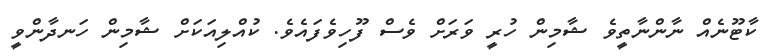
ކާޓޫނެއް ނާންނާތީވެ ޝާމިން ހުރީ ވަރަށް ވެސް ފޫހިވެފައެވެ. ކުއްލިއަކަށް ޝާމިން ހަނދާންވީ